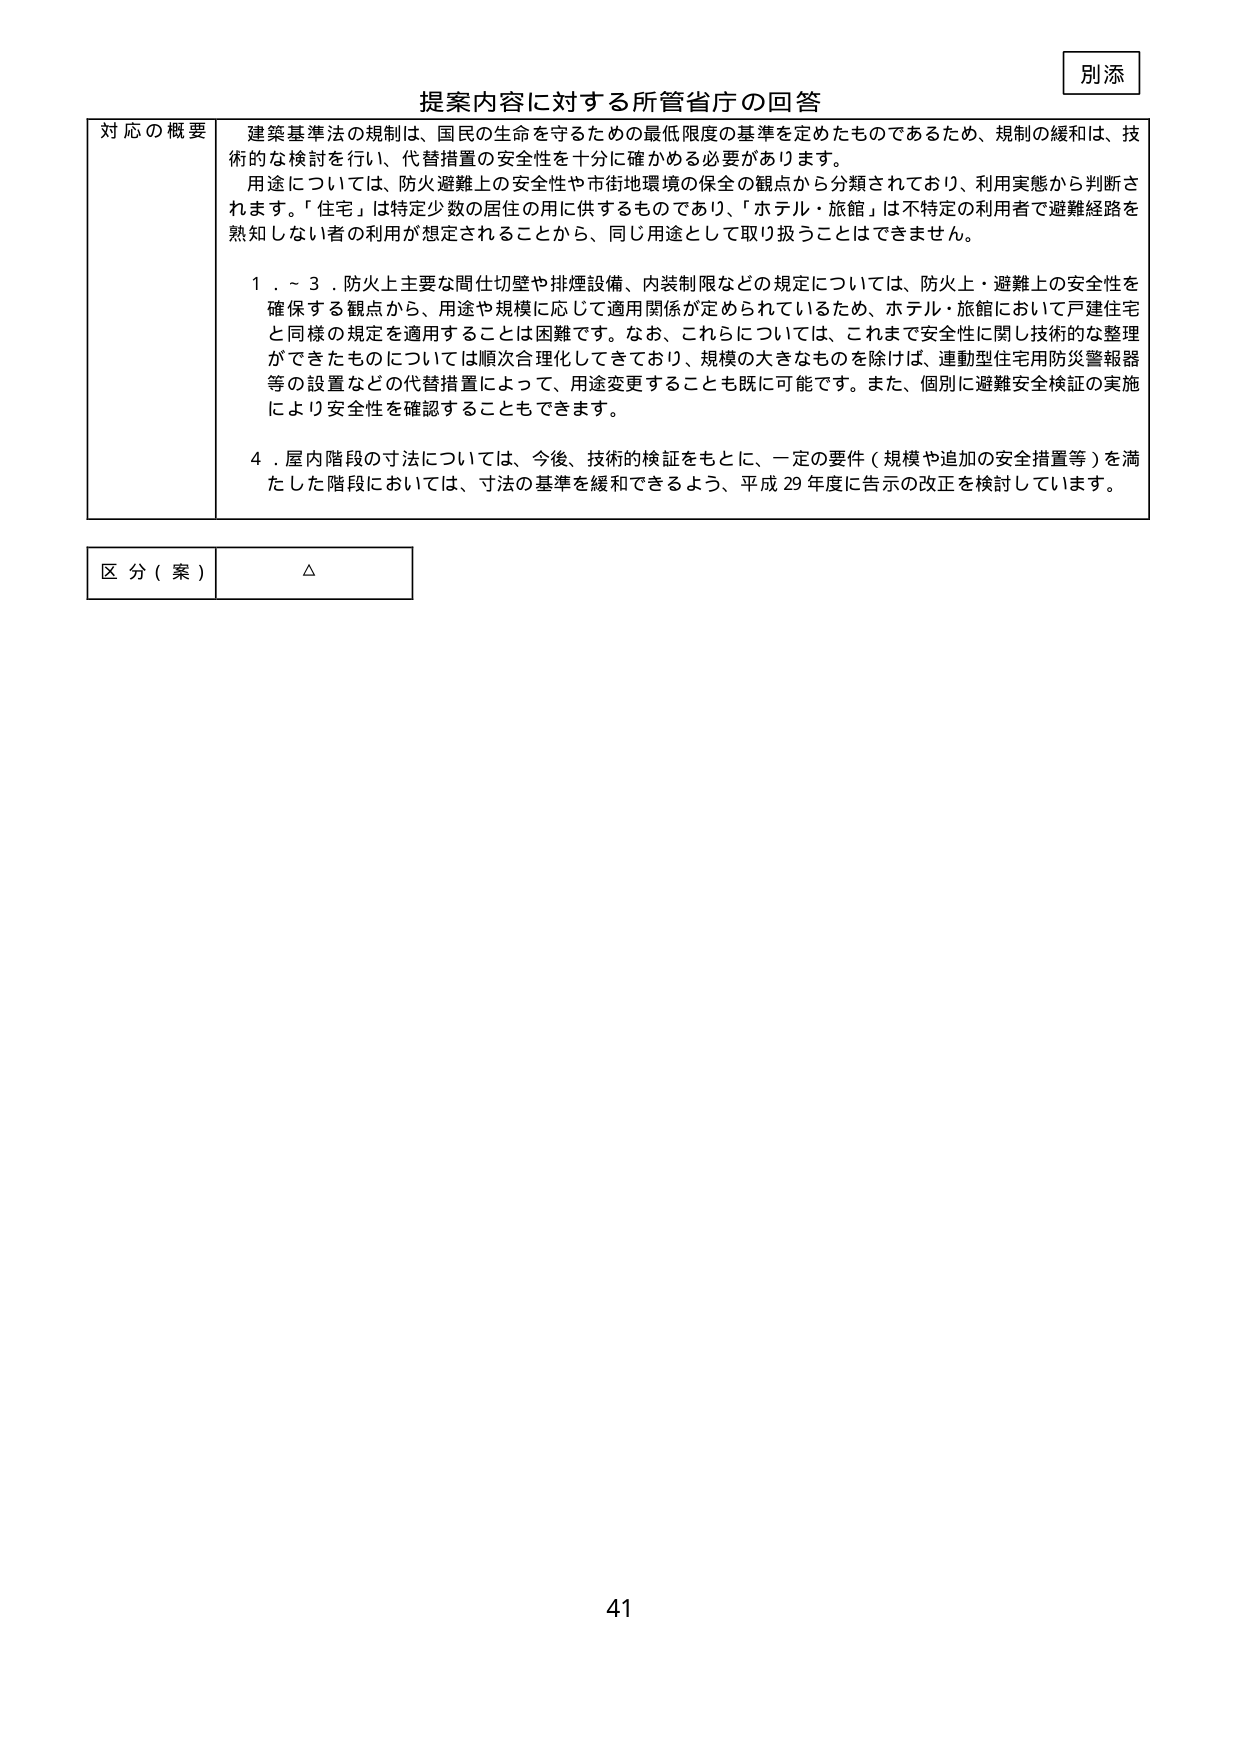
別添

提案内容に対する所管省庁の回答

対応の概要 建築基準法の規制は、国民の生命を守るための最低限度の基準を定めたものであるため、規制の緩和は、技術的検討を行い、代替措置の安全性を十分に確かめる必要があります。
用途については、防火避難上の安全性や市街地環境の保全の観点から分類されており、利用実態から判断されます。「住宅」は特定少数の居住の用に供するものであり、「ホテル・旅館」は不特定の利用者で避難経路を熟知しない者の利用が想定されることから、同じ用途として取り扱うことはできません。

１．～３．防火上主要な間仕切壁や排煙設備、内装制限などの規定については、防火上・避難上の安全性を確保する観点から、用途や規模に応じて適用関係が定められているため、ホテル・旅館において戸建住宅と同様の規定を適用することは困難です。なお、これらについては、これまで安全性に関し技術的な整理ができたものについては順次合理化してきており、規模の大きなものを除けば、連動型住宅用防災警報器等の設置などの代替措置によって、用途変更することも既に可能です。また、個別に避難安全検証の実施により安全性を確認することもできます。

４．屋内階段の寸法については、今後、技術的検証をもとに、一定の要件（規模や追加の安全措置等）を満たした階段においては、寸法の基準を緩和できるよう、平成29年度に告示の改正を検討しています。

区分（案） △

41